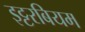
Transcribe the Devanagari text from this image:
इट्टरबियम